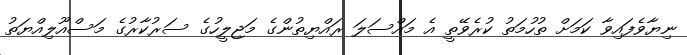
ނިޔާވެފައިވާ ކަމަށް ތުހުމަތު ކުރެވޭތީ އެ މައްސަލަ ރައްޔިތުންގެ މަޖިލީހުގެ ސަރުކާރުގެ މަސްއޫލިއްޔަތު